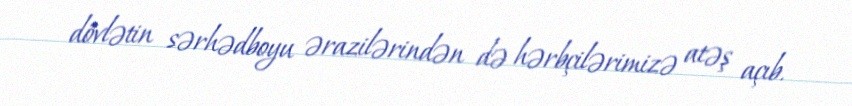
dövlətin sərhədboyu ərazilərindən də hərbçilərimizə atəş açıb.